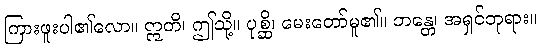
ကြားဖူးပါ၏လော။ ဣတိ၊ ဤသို့။ ပုစ္ဆိ၊ မေးတော်မူ၏။ ဘန္တေ၊ အရှင်ဘုရား။